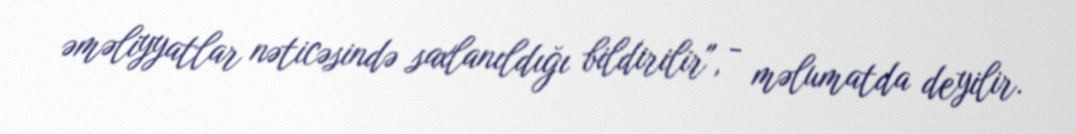
əməliyyatlar nəticəsində saxlanıldığı bildirilir", - məlumatda deyilir.